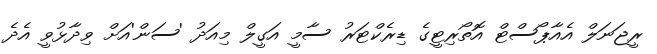
ރީޖަނަލް އެއާޕޯސްޓް އޮތޯރިޓީގެ ޑިރެކްޓަރު ސާމީ އަގީލް މިއަދު 'ސަން'އަށް ވިދާޅުވީ އެދެ